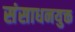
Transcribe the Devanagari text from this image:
संसाधनयुक्त